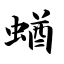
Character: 蝤